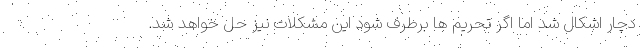
دچار اشکال شد اما اگر تحریم ها برطرف شود این مشکلات نیز حل خواهد شد.